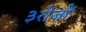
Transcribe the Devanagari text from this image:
३रोजों